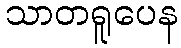
သာတရူပေန